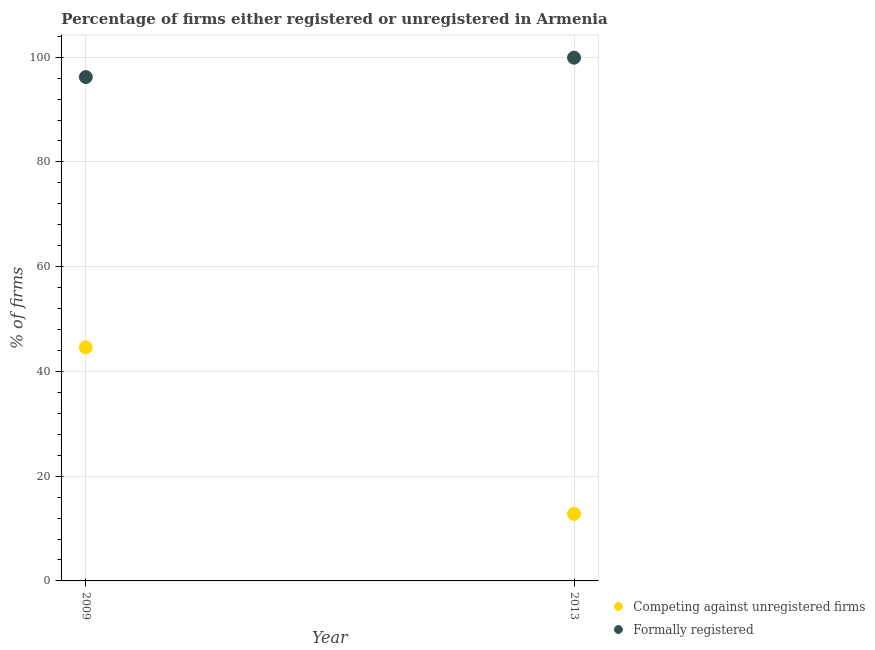
| Year | Competing against unregistered firms | Formally registered |
 | --- | --- | --- |
 | 2009 | 44.6 | 96.2 |
 | 2013 | 12.8 | 99.9 |